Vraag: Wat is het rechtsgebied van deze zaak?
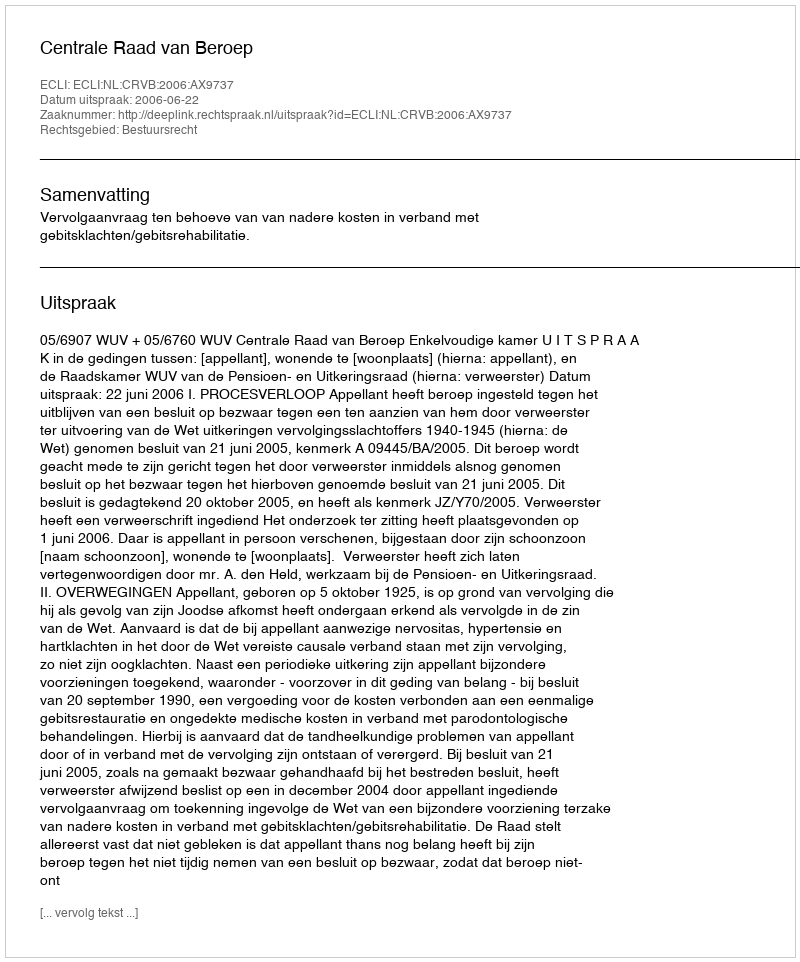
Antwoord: Bestuursrecht